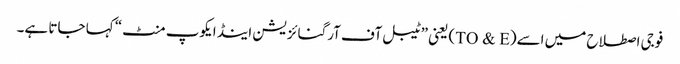
فوجی اصطلاح میں اسے(TO & E) یعنی ”ٹیبل آف آرگنائزیشن اینڈ ایکوپ منٹ“ کہا جاتا ہے۔